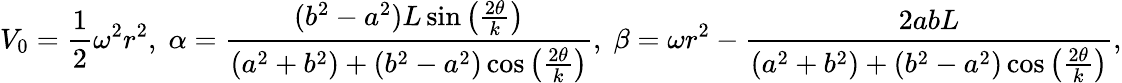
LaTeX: V_{0}=\frac{1}{2}\omega^{2}r^{2},\; \alpha=\frac{(b^{2}-a^{2})L\sin\left(\frac{2\theta}{k}\right)}{(a^{2}+b^{2})+(b^{2}-a^{2})\cos\left(\frac{2\theta}{k}\right)},\; \beta=\omega r^{2}-\frac{2abL}{(a^{2}+b^{2})+(b^{2}-a^{2})\cos\left(\frac{2\theta}{k}\right)},